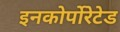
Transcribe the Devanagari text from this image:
इनकोर्पोरेटेड